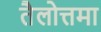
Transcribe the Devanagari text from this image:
तैलोत्तमा